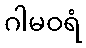
ဂါမဝရံ